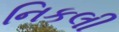
નિકલી